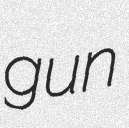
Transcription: gun